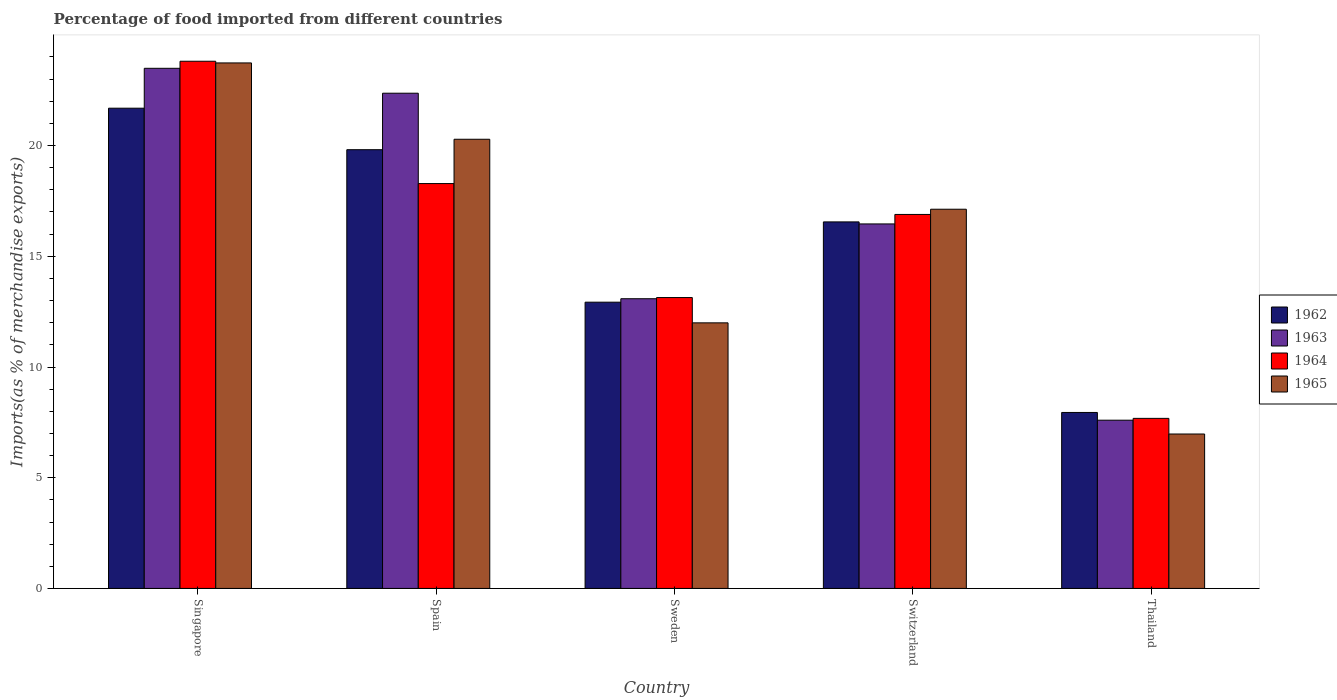
| Country | 1962 | 1963 | 1964 | 1965 |
 | --- | --- | --- | --- | --- |
 | Singapore | 21.7 | 23.5 | 23.8 | 23.7 |
 | Spain | 19.8 | 22.4 | 18.3 | 20.3 |
 | Sweden | 12.9 | 13.1 | 13.1 | 12 |
 | Switzerland | 16.6 | 16.5 | 16.9 | 17.1 |
 | Thailand | 7.95 | 7.6 | 7.68 | 6.97 |